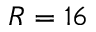
R = 1 6